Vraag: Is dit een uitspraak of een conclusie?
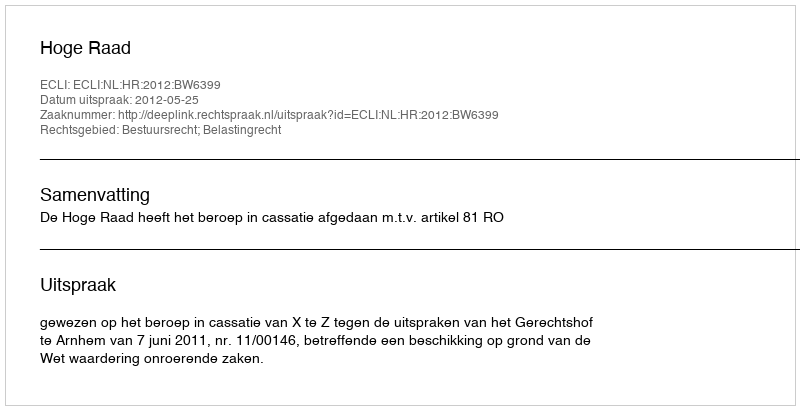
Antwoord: Uitspraak